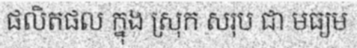
ផលិតផល ក្នុង ស្រុក សរុប ជា មធ្យម